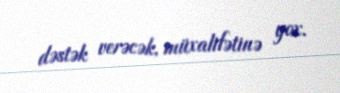
dəstək verəcək, müxalifətinə yox.